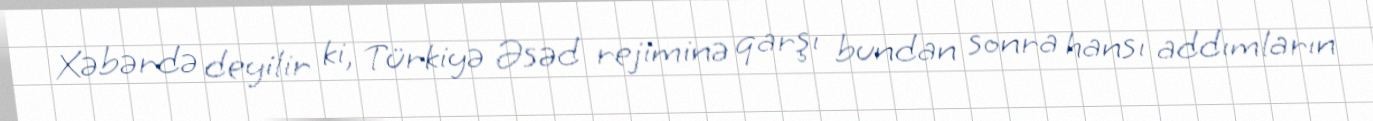
Xəbərdə deyilir ki, Türkiyə Əsəd rejiminə qarşı bundan sonra hansı addımların